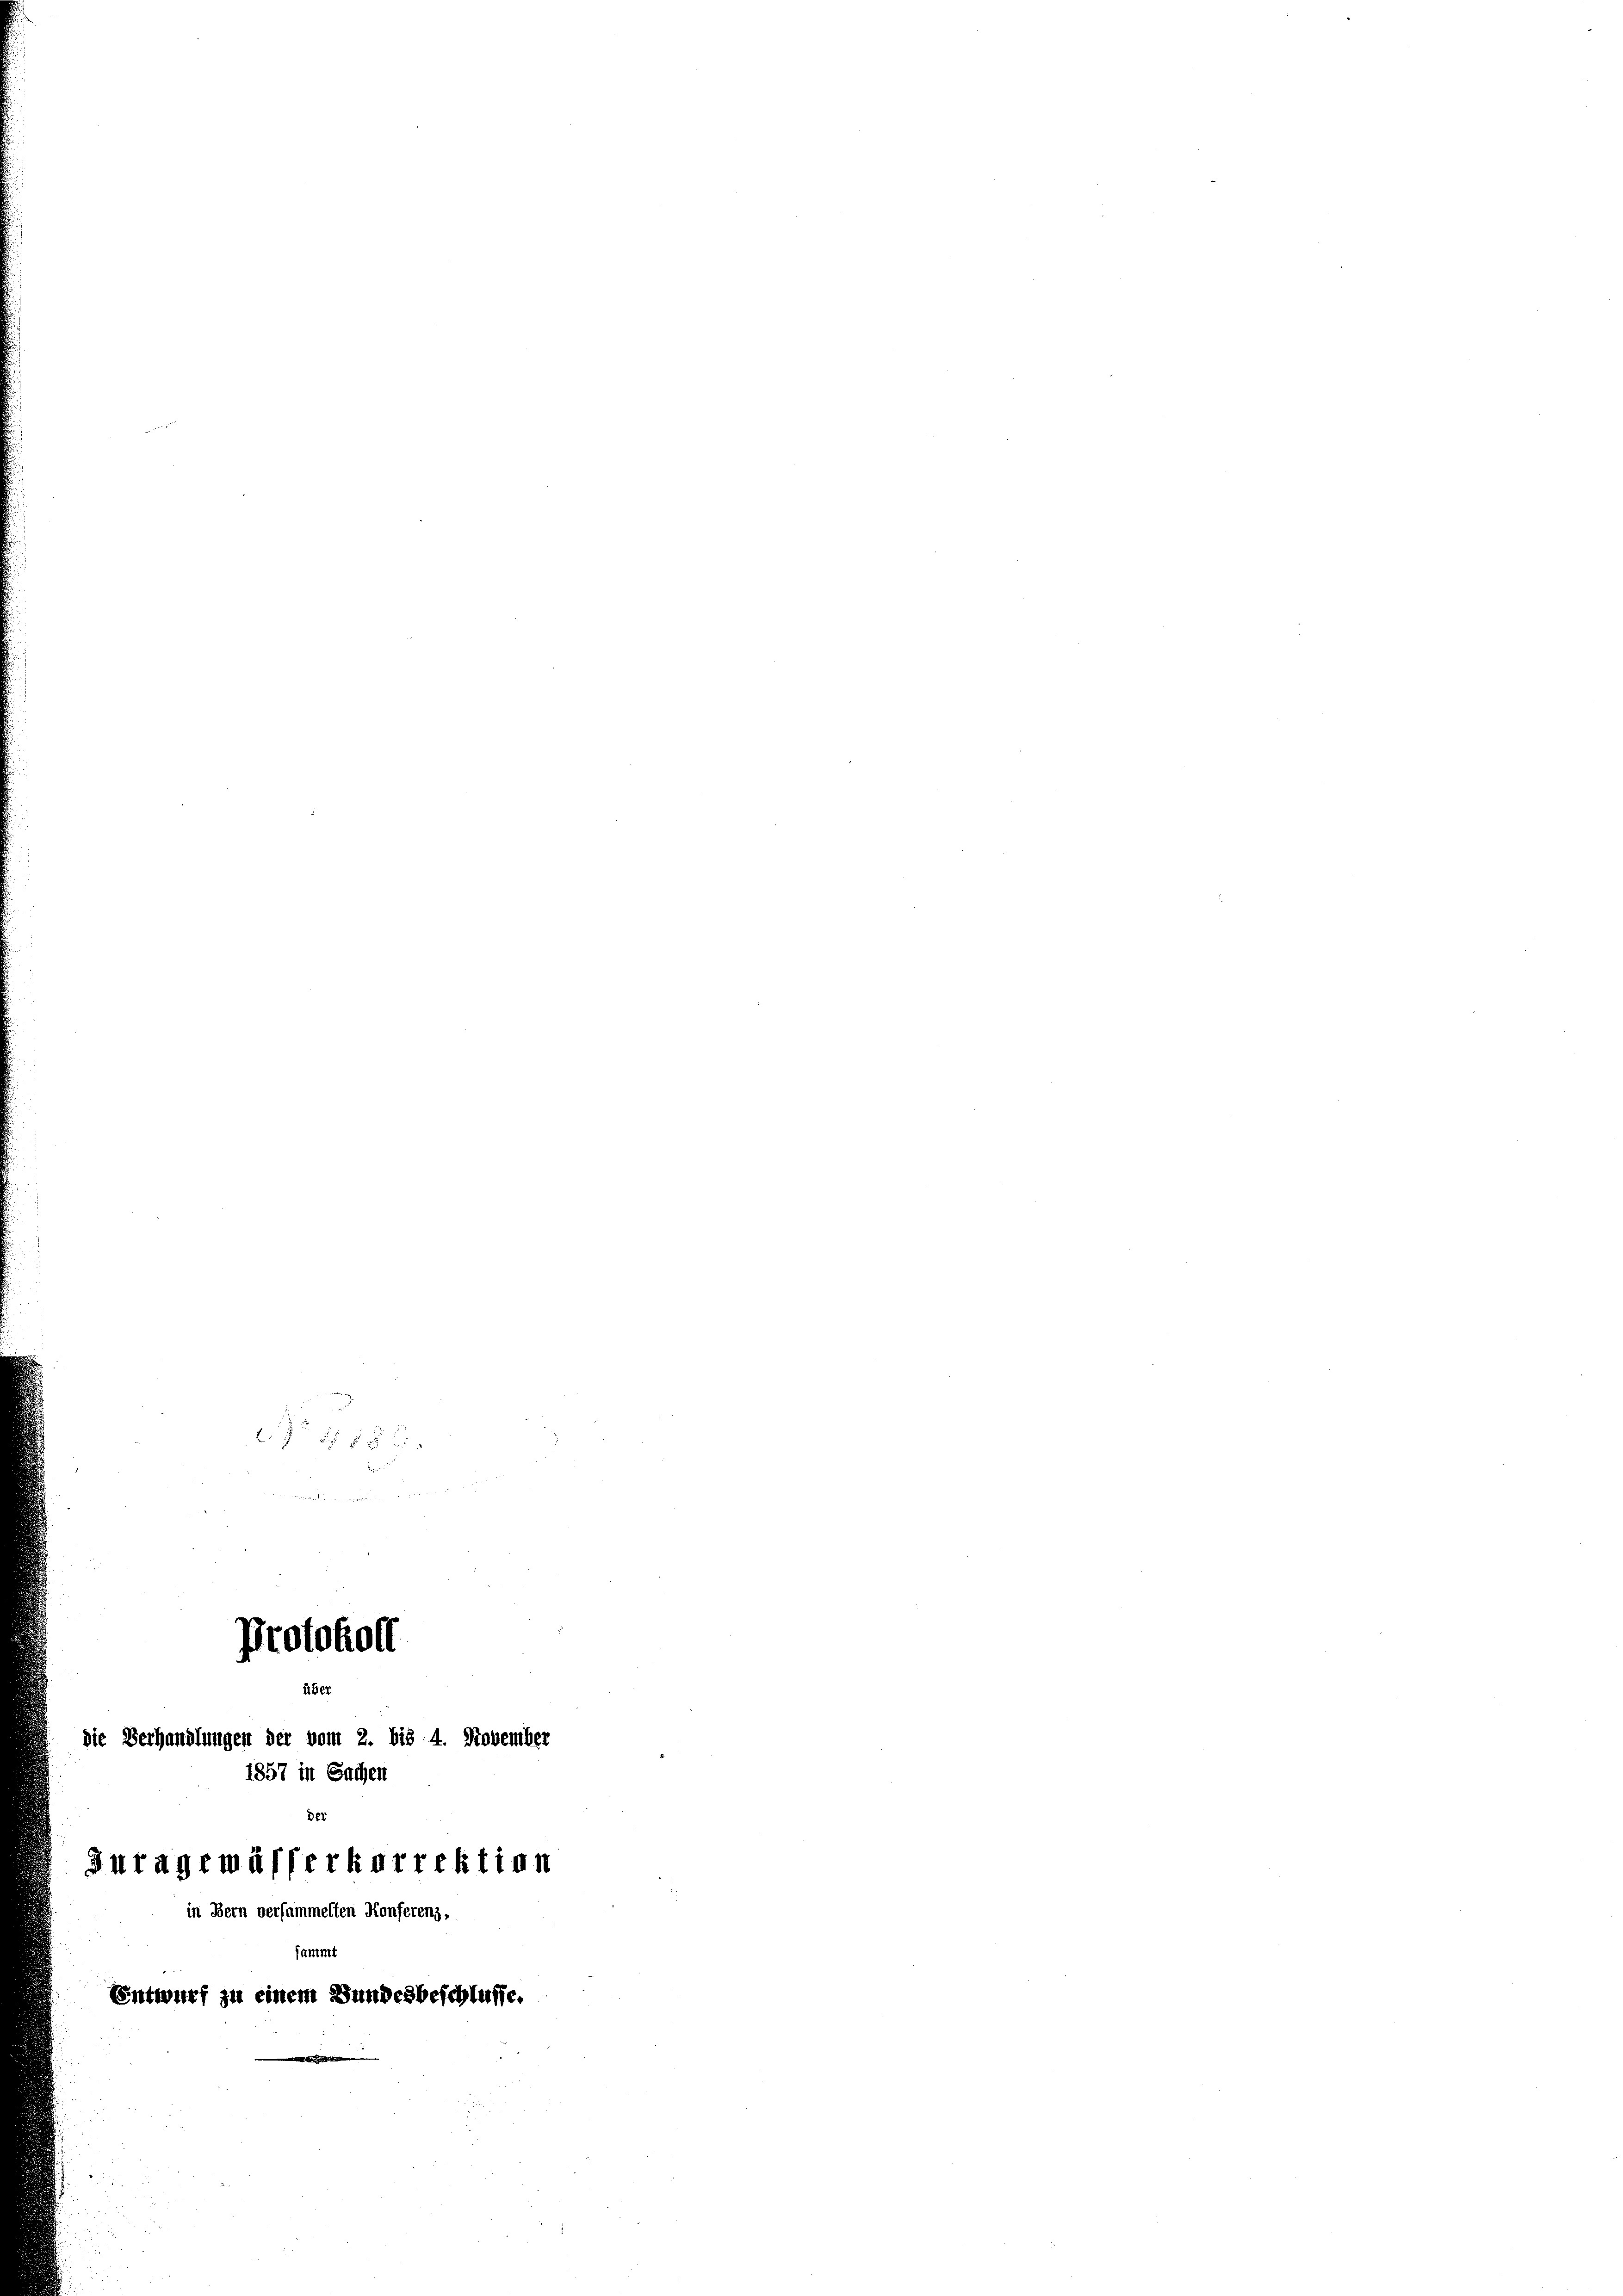
b.

Protokoll
Be
die Verhandlungen der vom 2. bis 4. November
1857 in Sachen
Der
Zutagemässerkorrektion
in Bern versammelten Konferenz,
sammt
Entwurf zu einem Bundesbeschlüsse.